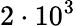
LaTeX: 2\cdot 10^{3}